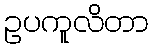
ဥပကူလိတာ